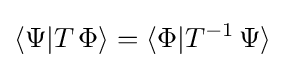
\langle \Psi |T\,\Phi \rangle =\langle \Phi |T^{-1}\,\Psi \rangle